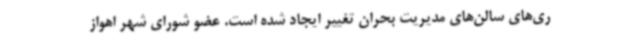
ری‌های سالن‌های مدیریت بحران تغییر ایجاد شده است. عضو شورای شهر اهواز